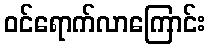
ဝင်ရောက်လာကြောင်း